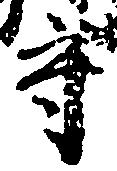
守